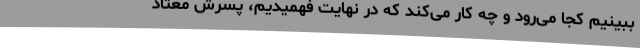
ببینیم کجا می‌رود و چه کار می‌کند که در نهایت فهمیدیم، پسرش معتاد